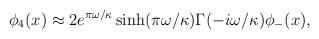
LaTeX: \begin{align*}\phi_4(x) \approx 2 e^{\pi \omega/\kappa} \sinh(\pi \omega/\kappa)\Gamma(-i \omega/\kappa) \phi_{-}(x),\end{align*}